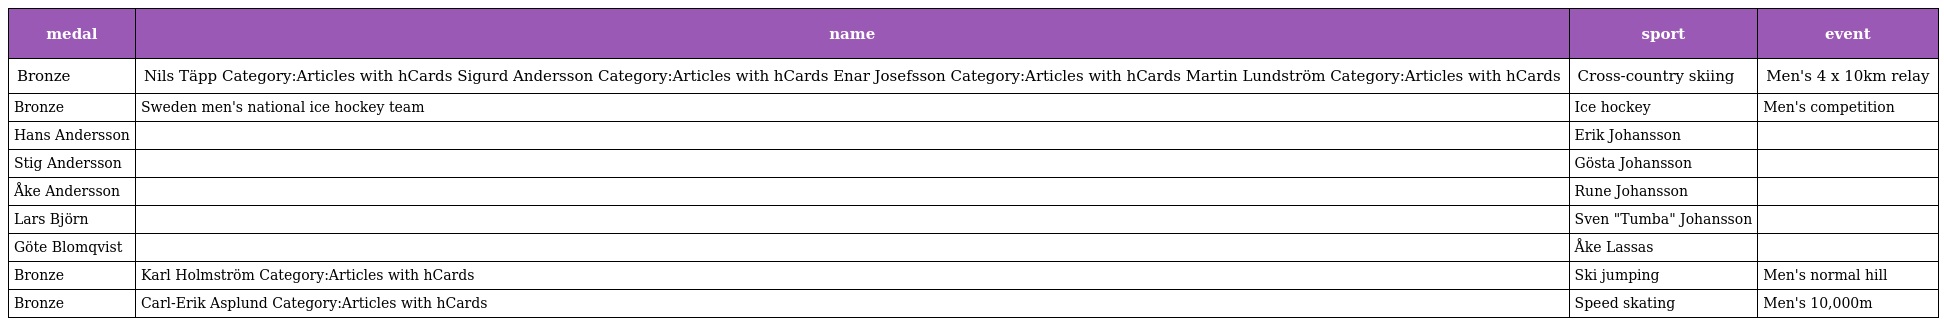
| medal | name | sport | event |
 | --- | --- | --- | --- |
 | Bronze | Nils Täpp Category:Articles with hCards Sigurd Andersson Category:Articles with hCards Enar Josefsson Category:Articles with hCards Martin Lundström Category:Articles with hCards | Cross-country skiing | Men's 4 x 10km relay |
 | Bronze | Sweden men's national ice hockey team | Ice hockey | Men's competition |
 | Hans Andersson |  | Erik Johansson |  |
 | Stig Andersson |  | Gösta Johansson |  |
 | Åke Andersson |  | Rune Johansson |  |
 | Lars Björn |  | Sven "Tumba" Johansson |  |
 | Göte Blomqvist |  | Åke Lassas |  |
 | Bronze | Karl Holmström Category:Articles with hCards | Ski jumping | Men's normal hill |
 | Bronze | Carl-Erik Asplund Category:Articles with hCards | Speed skating | Men's 10,000m |